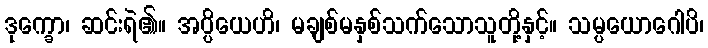
ဒုက္ခော၊ ဆင်းရဲ၏။ အပ္ပိယေဟိ၊ မချစ်မနှစ်သက်သောသူတို့နှင့်။ သမ္ပယောဂေါပိ၊